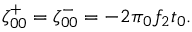
\zeta _ { 0 0 } ^ { + } = \zeta _ { 0 0 } ^ { - } = - 2 \pi \phantom { } _ { 0 } f _ { 2 } t _ { 0 } .